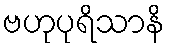
ဗဟုပုရိသာနိ